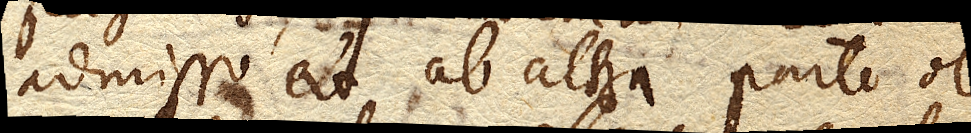
admisso et ab altera parte ob